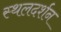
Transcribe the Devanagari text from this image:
स्थलदर्शन